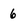
Character: 6